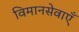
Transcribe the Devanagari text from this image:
विमानसेवाएँ